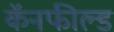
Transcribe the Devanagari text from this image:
कॅनफील्ड